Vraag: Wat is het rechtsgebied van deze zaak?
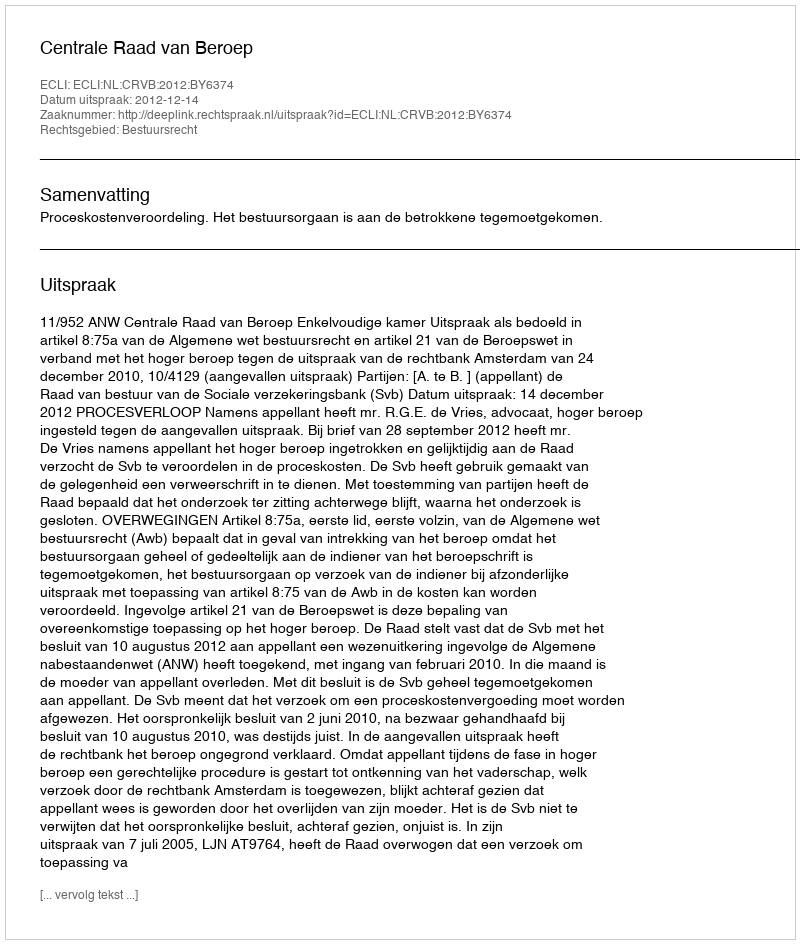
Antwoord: Bestuursrecht